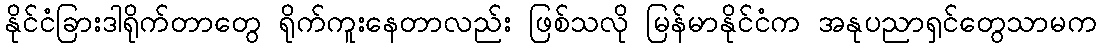
နိုင်ငံခြားဒါရိုက်တာတွေ ရိုက်ကူးနေတာလည်း ဖြစ်သလို မြန်မာနိုင်ငံက အနုပညာရှင်တွေသာမက